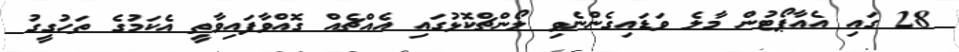
28 ގައި އެއާޕޯޓުން މާލެ ވަޑައިގެންނެވި ލޯންޗްކޮޅުގައި އެއްޗެއް ގޮއްވާފައިވާތީ އެކަމުގެ ތަހުގީގު